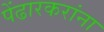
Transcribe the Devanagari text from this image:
पेंढारकरांना